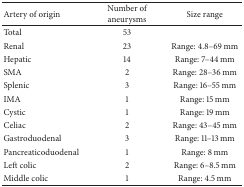
<table><thead><tr><td><b>Artery of origin </b></td><td><b>Number of aneurysms </b></td><td><b>Size range </b></td></tr></thead><tbody><tr><td>Total </td><td>53</td><td> </td></tr><tr><td>Renal </td><td>23</td><td>Range: 4.8–69 mm </td></tr><tr><td>Hepatic </td><td>14</td><td>Range: 7–44 mm </td></tr><tr><td>SMA </td><td>2 </td><td>Range: 28–36 mm </td></tr><tr><td>Splenic </td><td>3 </td><td>Range: 16–55 mm </td></tr><tr><td>IMA </td><td>1 </td><td>Range: 15 mm </td></tr><tr><td>Cystic </td><td>1 </td><td>Range: 19 mm </td></tr><tr><td>Celiac </td><td>2 </td><td>Range: 43–45 mm </td></tr><tr><td>Gastroduodenal </td><td>3 </td><td>Range: 11–13 mm </td></tr><tr><td>Pancreaticoduodenal </td><td>1 </td><td>Range: 8 mm </td></tr><tr><td>Left colic</td><td>2</td><td>Range: 6–8.5 mm</td></tr><tr><td>Middle colic</td><td>1</td><td>Range: 4.5 mm </td></tr></tbody></table>